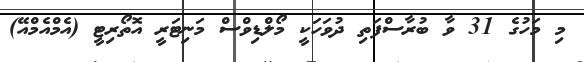
މި މަހުގެ 31 ވާ ބުރާސްފަތި ދުވަހަކީ މޯލްޑިވްސް މަނިޓަރީ އޮތޯރިޓީ (އެމްއެމްއޭ)